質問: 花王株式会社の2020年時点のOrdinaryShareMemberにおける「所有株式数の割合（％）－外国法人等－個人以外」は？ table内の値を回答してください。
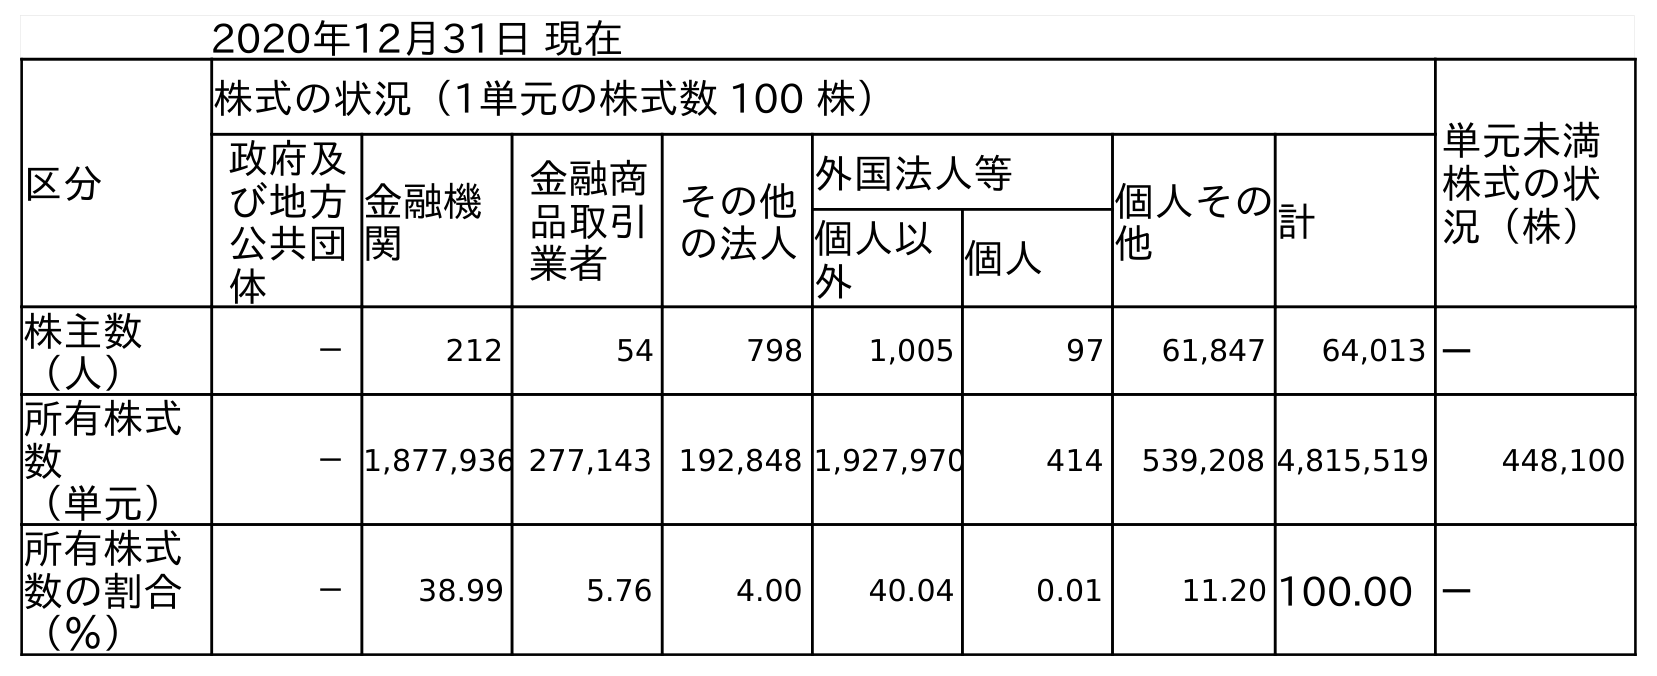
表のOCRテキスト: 2020年12月31日 現在 区分 株式の状況（1単元の株式数 100 株） 単元未満 株式の状 況（株） 政府及 び地方 公共団 体 金融機 関 金融商 品取引 業者 その他 の法人 外国法人等 個人その 他 計 個人以 外 個人 株主数 （人） － 212 54 798 1,005 97 61,847 64,013 － 所有株式 数 （単元） －1,877,936 277,143 192,848 1,927,970 414 539,208 4,815,519 448,100 所有株式 数の割合 （％） － 38.99 5.76 4.00 40.04 0.01 11.20 100.00 －
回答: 40.04